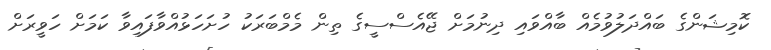
ކޮމިޝަންގެ ބައްދަލުވުމެއް ބާއްވައި ދިނުމަށް ޖޭއެސްސީގެ ތިން މެމްބަރަކު ހުށަހަޅުއްވާފައިވާ ކަމަށް ހަވީރަށް